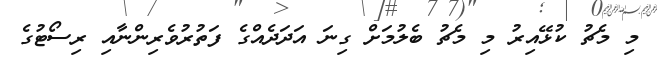
މި މެޗު ކުޅޭއިރު މި މެޗު ބެލުމަށް ގިނަ އަދަދެއްގެ ފަތުރުވެރިންނާއި ރިސޯޓުގެ